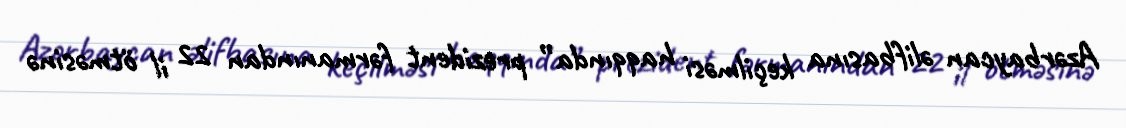
Azərbaycan əlifbasına keçilməsi haqqında” prezident fərmanından 22 il ötməsinə